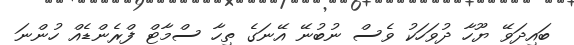
ބައިދަވޭ ޔޫހާ ދުވަހަކު ވެސް ނުބުނޭ އޭނަގެ ތިހާ ސްމާޓް ފްރެންޑެއް ހުންނަ